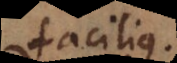
facilius.